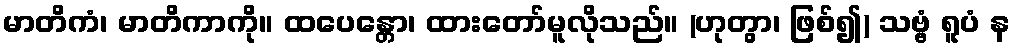
မာတိကံ၊ မာတိကာကို။ ထပေန္တော၊ ထားတော်မူလိုသည်။ (ဟုတွာ၊ ဖြစ်၍) သဗ္ဗံ ရူပံ န